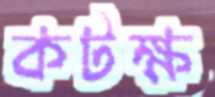
কটক্ষ